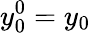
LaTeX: y_{0}^{0}=y_{0}